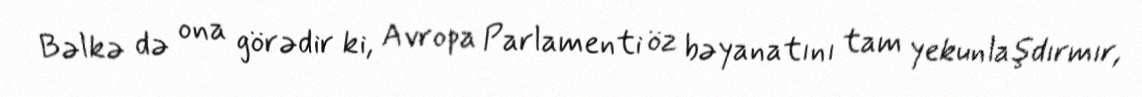
Bəlkə də ona görədir ki, Avropa Parlamenti öz bəyanatını tam yekunlaşdırmır,